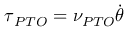
\boldsymbol { \tau } _ { P T O } = \nu _ { P T O } \dot { \boldsymbol { \theta } }